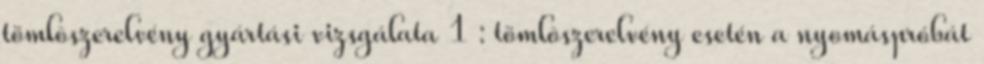
tömlõszerelvény gyártási vizsgálata 1 : tömlõszerelvény esetén a nyomáspróbát